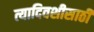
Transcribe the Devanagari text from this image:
त्यादिवशीसाठी